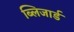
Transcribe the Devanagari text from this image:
ब्लिजार्ड